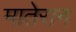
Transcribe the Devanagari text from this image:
मातेरान